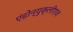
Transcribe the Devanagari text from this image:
एंडोन्युक्लीएज